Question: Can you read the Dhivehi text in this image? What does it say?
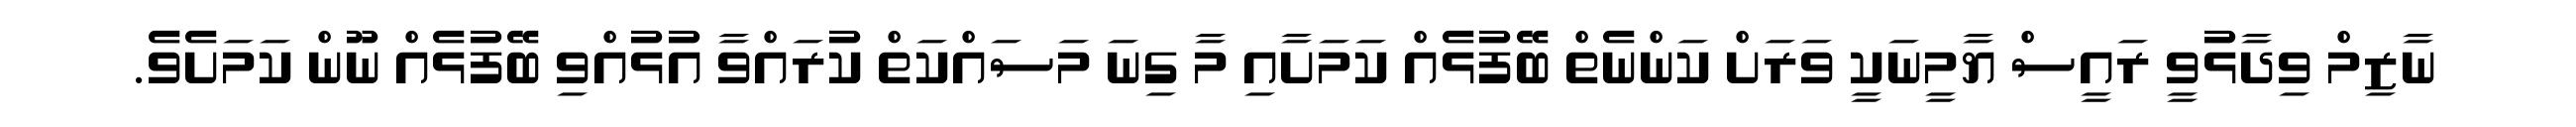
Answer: ނާޒިމް ވިދާޅުވީ ރައީސް ޔާމީނަކީ ވަރަށް ކަންނެތް ބޭފުޅެއް ކަމަށާއި މާ ގިނަ މަސައްކަތް ކުރައްވާ އުޅުއްވި ބޭފުޅެއް ނޫން ކަމަށެވެ.